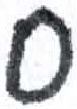
אות: ס